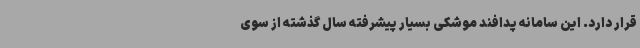
قرار دارد. این سامانه پدافند موشکی بسیار پیشرفته سال گذشته از سوی